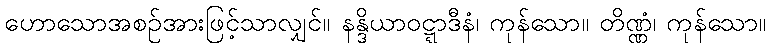
ဟောသောအစဉ်အားဖြင့်သာလျှင်။ နန္ဒိယာဝဋ္ဋာဒီနံ၊ ကုန်သော။ တိဏ္ဏံ၊ ကုန်သော။